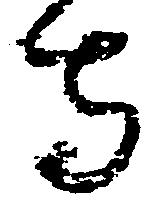
寺